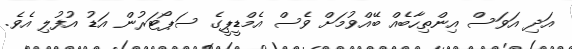
އަދި އަވަސް އިންތިހާބެއް ބޭއްވުމަށް ވެސް އެމްޑީޕީގެ ސަޕޯޓަރުން އަޑު އުފުލި އެވެ.